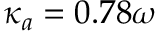
\kappa _ { a } = 0 . 7 8 \omega